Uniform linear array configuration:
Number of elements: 64
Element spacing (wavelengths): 1
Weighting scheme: blackman
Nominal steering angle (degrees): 30
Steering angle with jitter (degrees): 30.05
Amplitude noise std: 0.05
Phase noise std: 0.05

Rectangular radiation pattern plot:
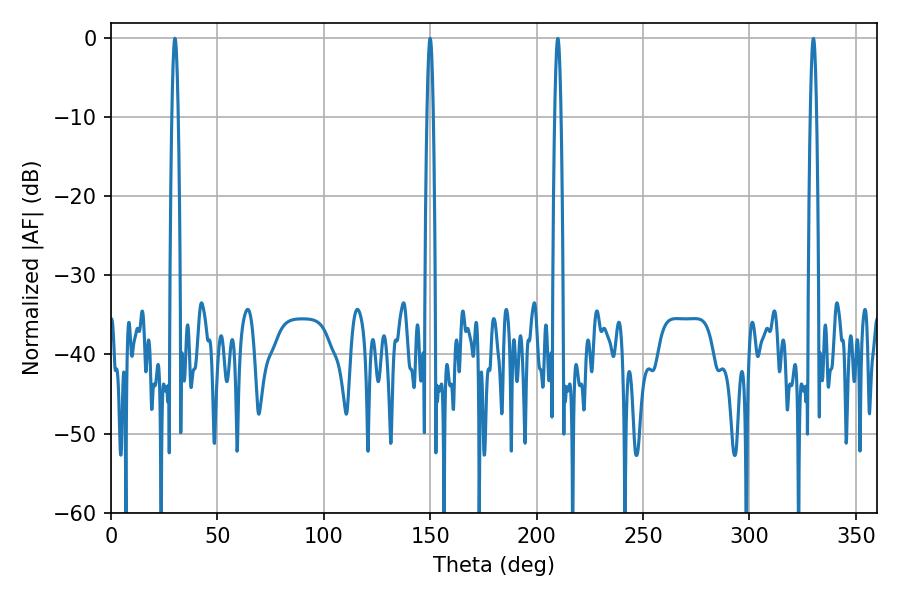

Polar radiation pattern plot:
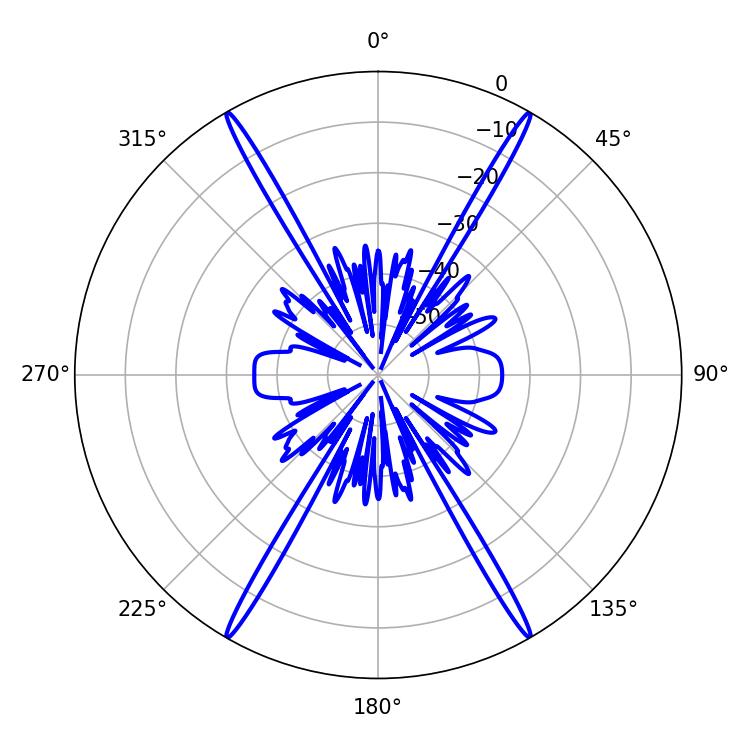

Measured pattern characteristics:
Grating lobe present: TRUE
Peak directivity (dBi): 40.639
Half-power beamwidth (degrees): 1.44
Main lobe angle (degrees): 30.06